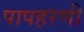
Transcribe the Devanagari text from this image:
पापहरणी